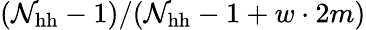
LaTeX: (\mathcal{N}_{\mathrm{{hh}}}-1)/(\mathcal{N}_{\mathrm{{hh}}}-1+w\cdot2m)